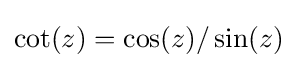
\cot(z)=\cos(z)/\sin(z)